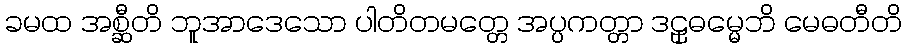
ခမထ အစ္ဆီတိ ဘူအာဒေသော ပါတိတမတ္တေ အပ္ပကတ္တာ ဒဠှဓမ္မေဘိ မေဓတီတိ